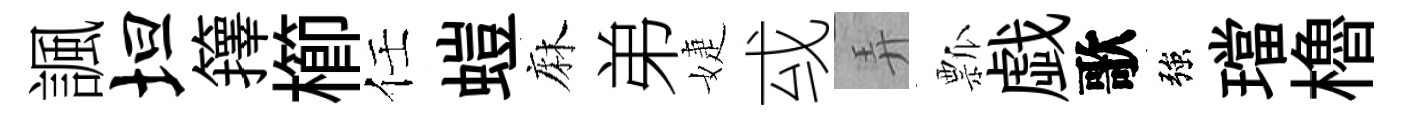
諷坦籜櫛任螘麻弟婕㦯弄瓢戯歌強璫櫓